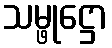
သမ္ဖုဋ္ဌော